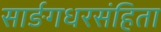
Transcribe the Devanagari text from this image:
सार्ङगधरसंहिता